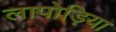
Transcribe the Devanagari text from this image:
लापोड़िया